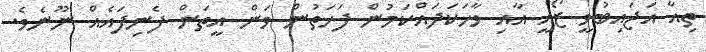
ތިއާ އަޖައިބުވީ ޒޯއީ އާއި ވާހަކަދައްކަމުން ފަހަތުން ވަން އީތަން ފެނިފައެއް ނޫނެވެ.